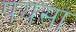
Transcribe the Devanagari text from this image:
पयसां